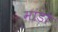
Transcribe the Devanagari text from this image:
मांडो